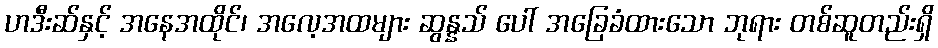
ဟဒီးဆ်နှင့် အနေအထိုင်၊ အလေ့အထများ ဆွန္နသ် ပေါ် အခြေခံထားသော ဘုရား တစ်ဆူတည်းရှိ